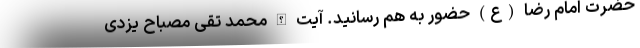
حضرت امام رضا (ع) حضور به هم رسانید. آیت الله محمد تقی مصباح یزدی